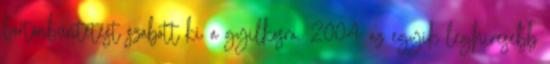
börtönbüntetést szabott ki a gyilkosra. 2004: az egyik leghíresebb